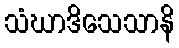
သံဃာဒိသေသာနိ